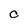
Character: c